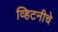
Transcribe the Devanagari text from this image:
व्हिटनीचे